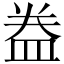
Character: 𥁠